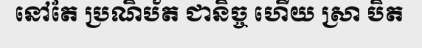
នៅតែ ប្រណិប័ត ជានិច្ច ហើយ ស្រា បិត